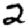
Digit: 2